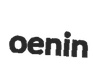
oenin